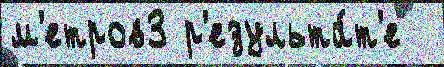
м'етров3 р'езульта́т'е